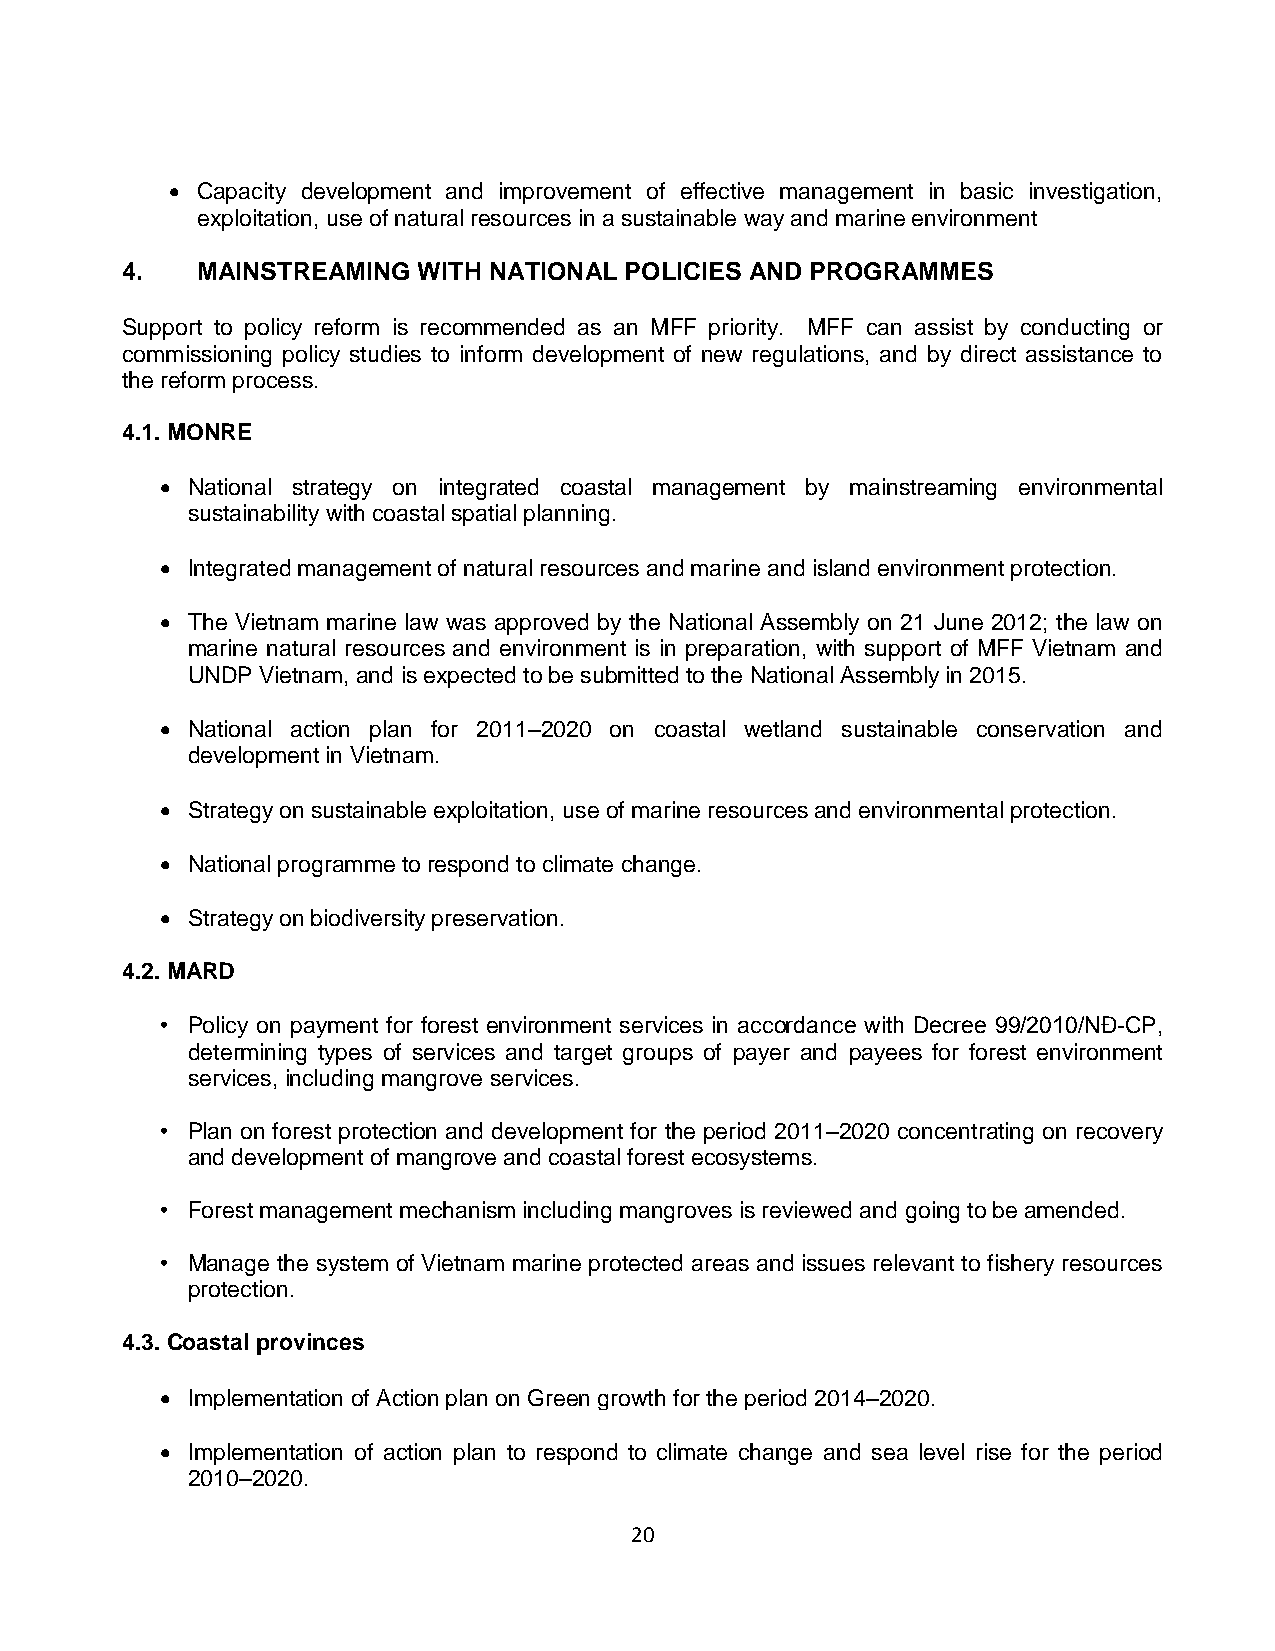
 Capacity development and improvement of effective management in basic investigation,
 exploitation, use of natural resources in a sustainable way and marine environment
 4.   MAINSTREAMING  WITH NATIONAL POLICIES AND PROGRAMMES
 Support to policy reform is recommended as an MFF priority. MFF can assist by conducting or
 commissioning policy studies to inform development of new regulations, and by direct assistance to
 the reform process.
 4.1. MONRE
  National strategy on integrated coastal management by mainstreaming environmental
 sustainability with coastal spatial planning.
  Integrated management of natural resources and marine and island environment protection.
  The Vietnam marine law was approved by the National Assembly on 21 June 2012; the law on
 marine natural resources and environment is in preparation, with support of MFF Vietnam and
 UNDP Vietnam, and is expected to be submitted to the National Assembly in 2015.
  National action plan for 2011–2020 on coastal wetland sustainable conservation and
 development in Vietnam.
  Strategy on sustainable exploitation, use of marine resources and environmental protection.
  National programme to respond to climate change.
  Strategy on biodiversity preservation.
 4.2. MARD
 • Policy on payment for forest environment services in accordance with Decree 99/2010/NĐ-CP,
 determining types of services and target groups of payer and payees for forest environment
 services, including mangrove services.
 • Plan on forest protection and development for the period 2011–2020 concentrating on recovery
 and development of mangrove and coastal forest ecosystems.
 • Forest management mechanism including mangroves is reviewed and going to be amended.
 • Manage the system of Vietnam marine protected areas and issues relevant to fishery resources
 protection.
 4.3. Coastal provinces
  Implementation of Action plan on Green growth for the period 2014–2020.
  Implementation of action plan to respond to climate change and sea level rise for the period
 2010–2020.
 20